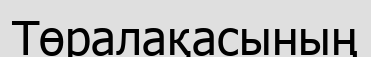
Төралақасының